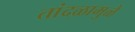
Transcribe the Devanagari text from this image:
तांदळामुळे